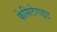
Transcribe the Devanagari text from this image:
केसिटेराइट